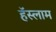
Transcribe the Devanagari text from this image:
हॅस्लाम